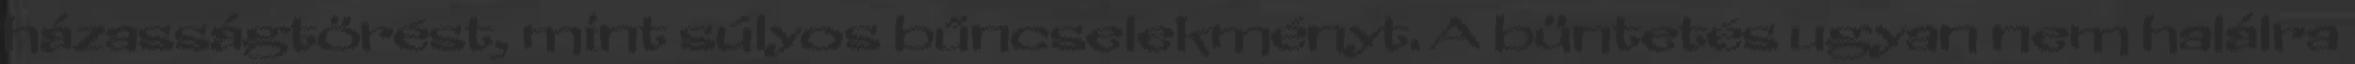
házasságtörést, mint súlyos bűncselekményt. A büntetés ugyan nem halálra